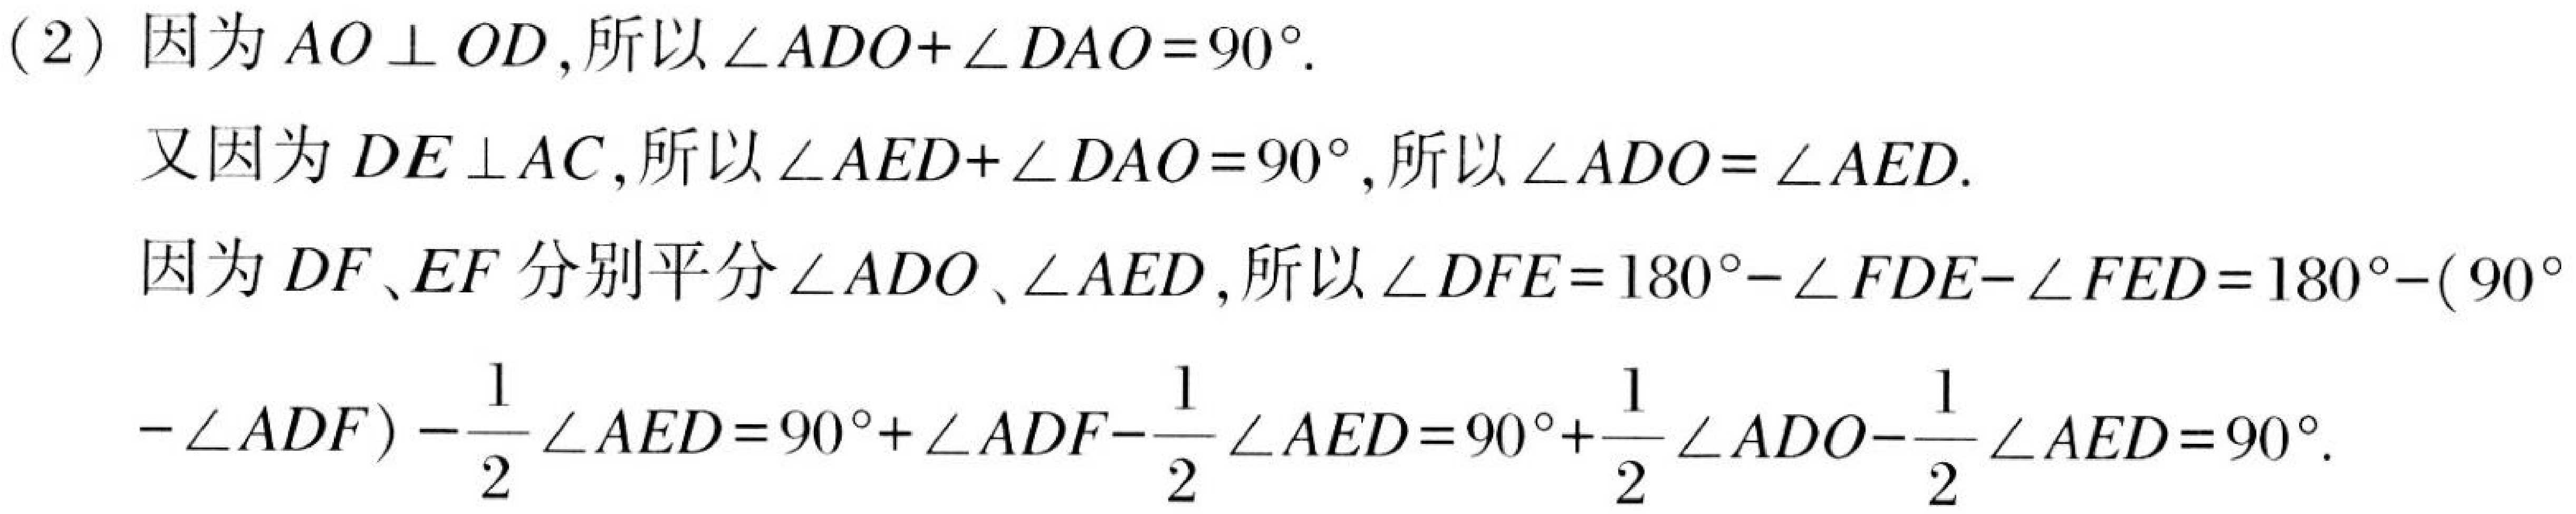
(2) 因为 \(AO\perp OD\)，所以\(\angle ADO+\angle DAO = 90^{\circ}\).
又因为 \(DE\perp AC\)，所以\(\angle AED+\angle DAO = 90^{\circ}\)，所以\(\angle ADO=\angle AED\).
因为 \(DF、EF\) 分别平分\(\angle ADO\)、\(\angle AED\)，所以\(\angle DFE = 180^{\circ}-\angle FDE-\angle FED = 180^{\circ}-(90^{\circ}-\angle ADF)-\dfrac{1}{2}\angle AED = 90^{\circ}+\angle ADF-\dfrac{1}{2}\angle AED = 90^{\circ}+\dfrac{1}{2}\angle ADO-\dfrac{1}{2}\angle AED = 90^{\circ}\).